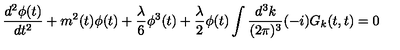
\frac { d ^ { 2 } \phi ( t ) } { d t ^ { 2 } } + m ^ { 2 } ( t ) \phi ( t ) + \frac { \lambda } { 6 } \phi ^ { 3 } ( t ) + \frac { \lambda } { 2 } \phi ( t ) \int \frac { d ^ { 3 } k } { ( 2 \pi ) ^ { 3 } } ( - i ) G _ { k } ( t , t ) = 0